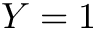
Y = 1